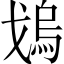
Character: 𱫳